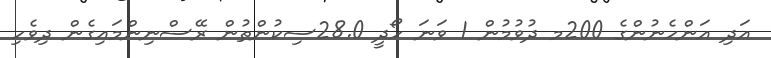
އަދި އަންހެނުންގެ 200މ ދުވުމުން 1 ވަނަ ހޯދީ 28.0ސިކުންތުން ރޭސްނިންމައިގެން ދިވެހި